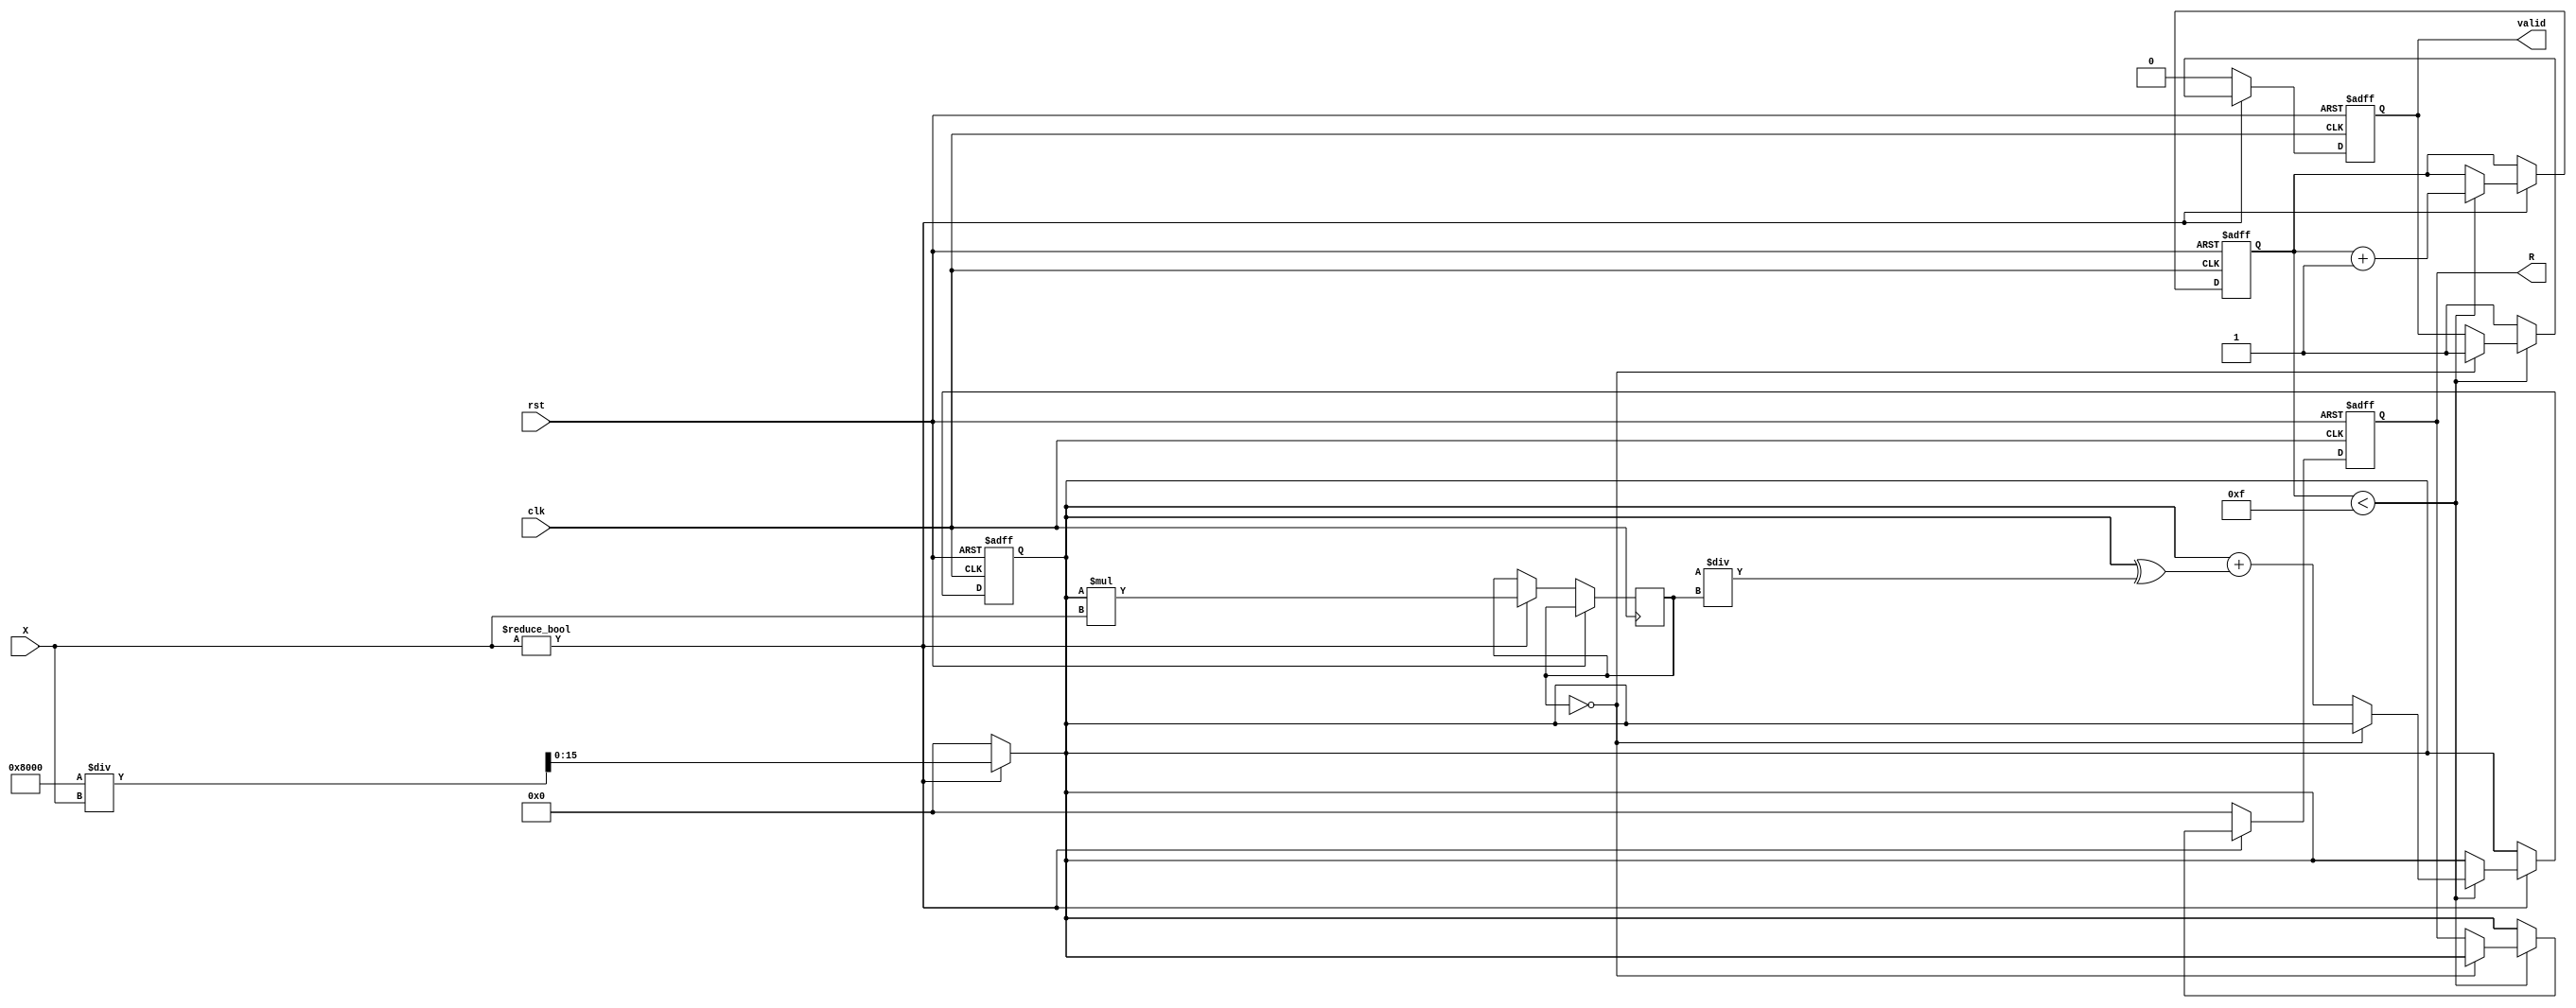
module BitwiseReciprocal #(
    parameter N = 16 // Number of bits for input and output
)(
    input  wire [N-1:0] X,      // N-bit unsigned input
    input  wire clk,             // Clock signal
    input  wire rst,             // Reset signal
    output reg  [N-1:0] R,       // N-bit unsigned reciprocal output
    output reg  valid            // Output valid signal
);

    reg [N-1:0] approx;          // Current approximation
    reg [N-1:0] product;         // To compute R * X
    reg [N-1:0] target;          // Target for convergence: 2^N
    reg [3:0] iteration_count;    // Iteration counter
    wire [N-1:0] next_approx;

    // Define target value as 2^N
    initial begin
        target = 1 << N;
    end

    // Initial approximation: Bitwise shifting for leading bits
    always @(*) begin
        if (X != 0) begin
            approx = (1 << (N-1)) / X; // Start with approximation
        end else begin
            approx = {N{1'b0}}; // Handle zero input
        end
    end

    // Newton-Raphson Iteration
    assign next_approx = approx + (approx ^ (target / product));

    always @(posedge clk or posedge rst) begin
        if (rst) begin
            R <= {N{1'b0}};
            valid <= 1'b0;
            approx <= {N{1'b0}};
            iteration_count <= 4'b0;
        end else if (X != 0) begin
            // Calculate product
            product <= approx * X;

            // Check for convergence (example threshold: if product is close to target)
            if (iteration_count < 4'b1111) begin
                if (product == target) begin
                    R <= approx;
                    valid <= 1'b1; // Indicate valid output
                    iteration_count <= iteration_count + 1;
                end else begin
                    approx <= next_approx; // Update approximation
                    iteration_count <= iteration_count + 1;
                end
            end else begin
                R <= approx; // Final approximation after max iterations
                valid <= 1'b1; // Indicate valid output
            end
        end else begin
            R <= {N{1'b0}}; // If X is 0
            valid <= 1'b0; // No valid output
        end
    end
endmodule